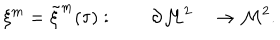
LaTeX: \xi ^ { m } = { \tilde { \xi } } ^ { m } ( \tau ) : \qquad \partial { \cal M } ^ { 2 } \quad \rightarrow { { \cal M } } ^ { 2 } .